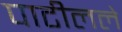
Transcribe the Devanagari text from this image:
पाटीलले